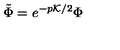
\tilde { \Phi } = e ^ { - p { \cal K } / 2 } \Phi